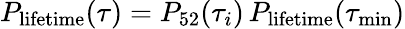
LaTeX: P_{\mathrm{lifetime}}(\tau)=P_{52}(\tau_{i})\, P_{\mathrm{lifetime}}(\tau_{\mathrm{min}})